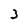
Character: 3